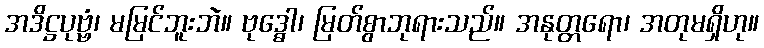
အဒိဋ္ဌပုဗ္ဗံ၊ မမြင်ဘူးဘဲ။ ဗုဒ္ဓေါ၊ မြတ်စွာဘုရားသည်။ အနုတ္တရော၊ အတုမရှိဟု။